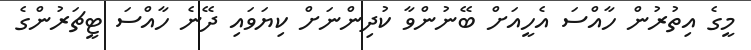
މީގެ އިތުރުން ހާއްސަ އެހީއަށް ބޭނުންވާ ކުދިންނަށް ކިޔަވައި ދޭނެ ހާއްސަ ޓީޗަރުންގެ